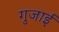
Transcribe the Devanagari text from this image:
गुजाई